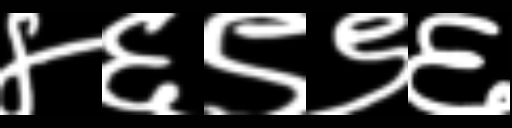
Text: ४६९९६